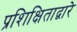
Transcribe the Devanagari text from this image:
प्रशिक्षिताद्वारे